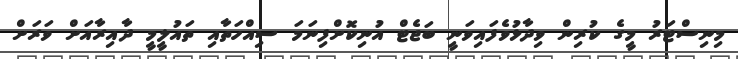
މިނިސްޓަރު މީގެ ކުރިން ވިދާޅުވެފައިވަނީ ބަޖެޓް އުނިކޮށްފިނަމަ ސިއްހަތާއި ތައުލީމީ ދާއިރާއަށް ވަރަށް